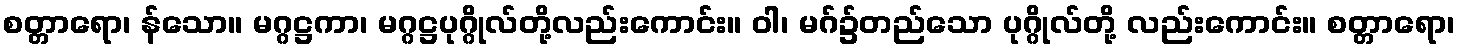
စတ္တာရော၊ န်သော။ မဂ္ဂဋ္ဌကာ၊ မဂ္ဂဋ္ဌပုဂ္ဂိုလ်တို့လည်းကောင်း။ ဝါ၊ မဂ်၌တည်သော ပုဂ္ဂိုလ်တို့ လည်းကောင်း။ စတ္တာရော၊